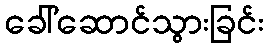
ခေါ်ဆောင်သွားခြင်း